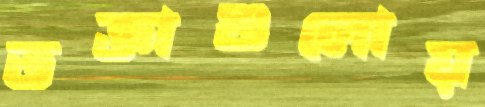
তক্তাগুলোয়